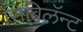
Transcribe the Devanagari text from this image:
सिबिलॅन्ट